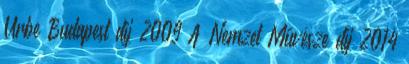
Urbe Budapest díj 2009 A Nemzet Művésze díj 2014